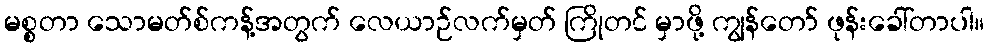
မစ္စတာ သောမတ်စ်ကန့်အတွက် လေယာဉ်လက်မှတ် ကြိုတင် မှာဖို့ ကျွန်တော် ဖုန်းခေါ်တာပါ။